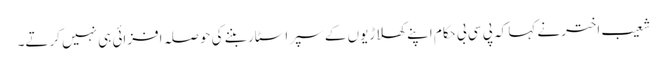
شعیب اخترنے کہا کہ پی سی بی حکام اپنے کھلاڑیوں کے سپر اسٹار بننے کی حوصلہ افزائی ہی نہیں کرتے۔